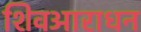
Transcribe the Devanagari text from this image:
शिवआराधन